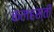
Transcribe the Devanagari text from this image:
कलहस्ती